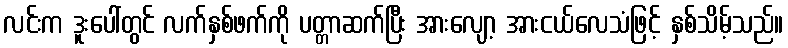
လင်းက ဒူးပေါ်တွင် လက်နှစ်ဖက်ကို ပတ္တာဆက်ပြီး အားလျော့ အားငယ်လေသံဖြင့် နှစ်သိမ့်သည်။